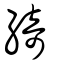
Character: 綺